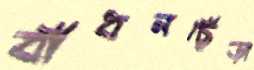
বাঁধনছেঁড়া